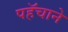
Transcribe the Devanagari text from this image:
पहॅचाने